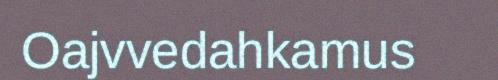
Oajvvedahkamus